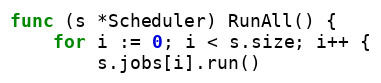
Language: Go
func (s *Scheduler) RunAll() {
	for i := 0; i < s.size; i++ {
		s.jobs[i].run()